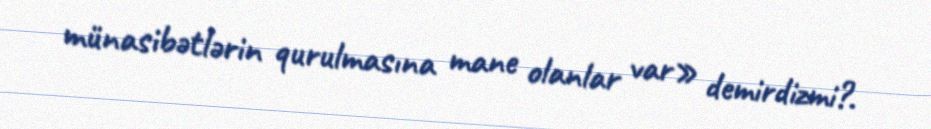
münasibətlərin qurulmasına mane olanlar var» demirdizmi?.